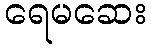
ရေမဆေး